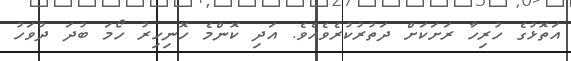
އަތޮޅުގެ ހުރިހާ ރަށަކަށް ދަތުރުކުރެވެއެވެ. އަދި ކޮންމެ ހޮނިހިރު ހޯމަ ބުދަ ދުވަހު